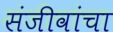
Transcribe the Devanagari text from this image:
संजीवांचा